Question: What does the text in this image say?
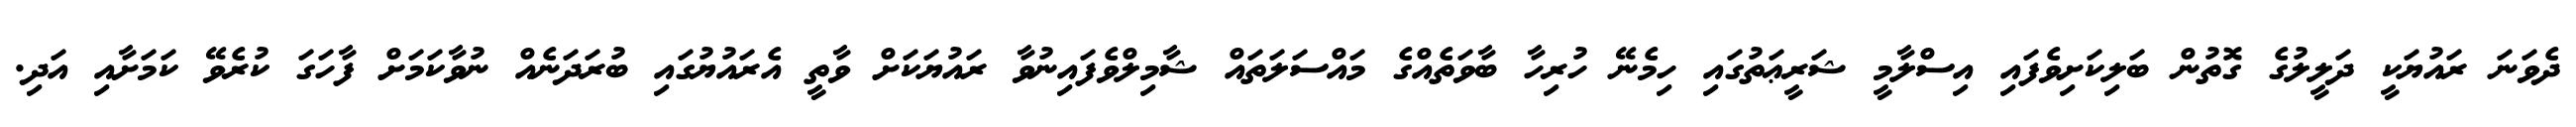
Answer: ދެވަނަ ރައުޔަކީ ދަލީލުގެ ގޮތުން ބަލިކަށިވެފައި އިސްލާމީ ޝަރީޢަތުގައި ހިމެނޭ ހުރިހާ ބާވަތެއްގެ މައްސަލަތައް ޝާމިލްވެފައިނުވާ ރައުޔަކަށް ވާތީ އެރައުޔުގައި ބުރަދަނެއް ނުވާކަމަށް ފާހަގަ ކުރެވޭ ކަމަށާއި އަދި.